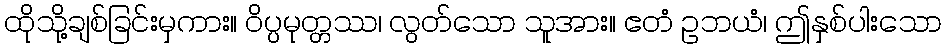
ထိုသို့ချစ်ခြင်းမှကား။ ဝိပ္ပမုတ္တဿ၊ လွတ်သော သူအား။ ဧတံ ဥဘယံ၊ ဤနှစ်ပါးသော